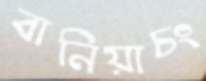
বানিয়াচং